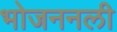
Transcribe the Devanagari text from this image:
भोजननली